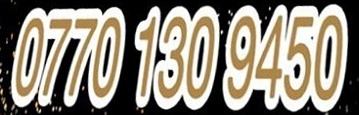
0770 130 9450